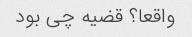
واقعا؟ قضیه چی بود